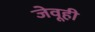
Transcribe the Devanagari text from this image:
जेवूही